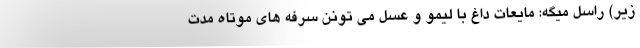
زیر) راسل میگه: مایعات داغ با لیمو و عسل می تونن سرفه های موتاه مدت